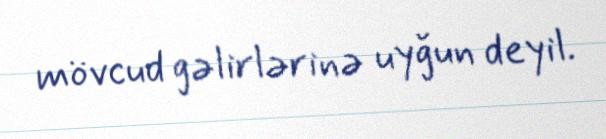
mövcud gəlirlərinə uyğun deyil.